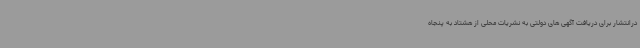
درانتشار برای دریافت آگهی های دولتی به نشریات محلی از هشتاد به پنجاه